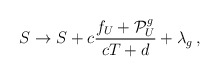
\begin{align*}S \rightarrow S + c\frac{f_U + {\cal P}^g_U}{cT+d} + \lambda_g\, ,\end{align*}